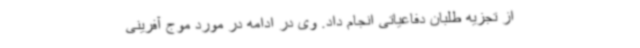
از تجزیه طلبان دفاعیاتی انجام داد. وی در ادامه در مورد موج آفرینی